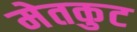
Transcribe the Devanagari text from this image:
मेतकुट